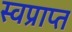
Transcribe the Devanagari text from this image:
स्वप्राप्त